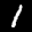
Label: 1